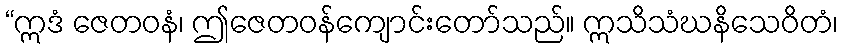
“ဣဒံ ဇေတဝနံ၊ ဤဇေတဝန်ကျောင်းတော်သည်။ ဣသိသံဃနိသေဝိတံ၊